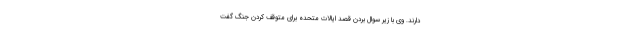
دارند. وی با زیر سوال بردن قصد ایالات متحده برای متوقف کردن جنگ گفت